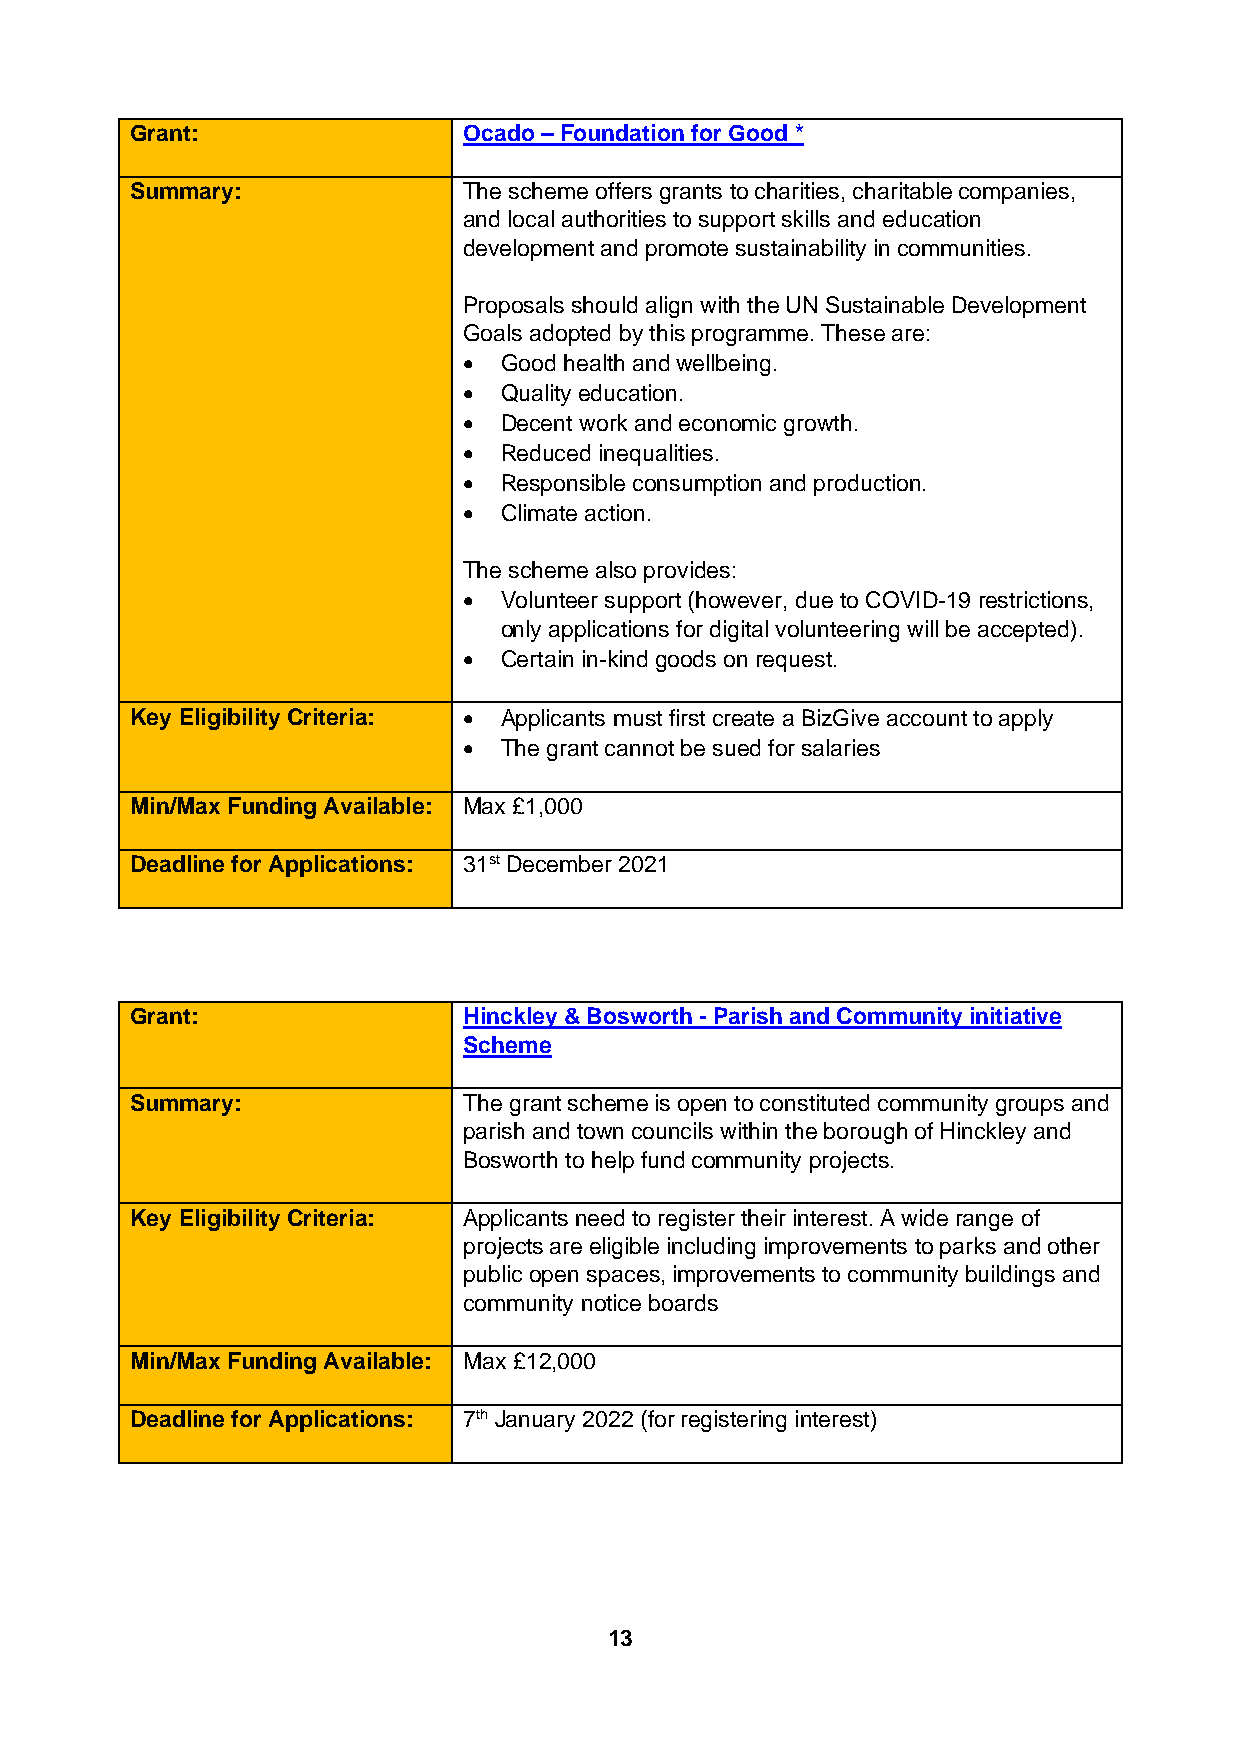
Grant:                Ocado – Foundation for Good *
 Summary:              The scheme offers grants to charities, charitable companies,
 and local authorities to support skills and education
 development and promote sustainability in communities.
 Proposals should align with the UN Sustainable Development
 Goals adopted by this programme. These are:
 • Good health and wellbeing.
 • Quality education.
 • Decent work and economic growth.
 • Reduced inequalities.
 • Responsible consumption and production.
 • Climate action.
 The scheme also provides:
 • Volunteer support (however, due to COVID-19 restrictions,
 only applications for digital volunteering will be accepted).
 • Certain in-kind goods on request.
 Key Eligibility Criteria: • Applicants must first create a BizGive account to apply
 • The grant cannot be sued for salaries
 Min/Max Funding Available: Max £1,000
 Deadline for Applications: 31st December 2021
 Grant:                Hinckley & Bosworth - Parish and Community initiative
 Scheme
 Summary:              The grant scheme is open to constituted community groups and
 parish and town councils within the borough of Hinckley and
 Bosworth to help fund community projects.
 Key Eligibility Criteria: Applicants need to register their interest. A wide range of
 projects are eligible including improvements to parks and other
 public open spaces, improvements to community buildings and
 community notice boards
 Min/Max Funding Available: Max £12,000
 Deadline for Applications: 7th January 2022 (for registering interest)
 13